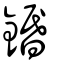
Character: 鍲